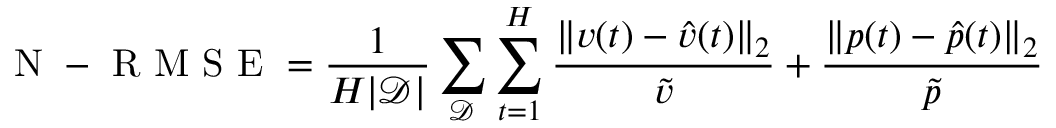
\mathrm { ~ N ~ - ~ R ~ M ~ S ~ E ~ } = \frac { 1 } { H | \mathcal { D } | } \sum _ { \mathcal { D } } \sum _ { t = 1 } ^ { H } \frac { \| v ( t ) - \hat { v } ( t ) \| _ { 2 } } { \tilde { v } } + \frac { \| p ( t ) - \hat { p } ( t ) \| _ { 2 } } { \tilde { p } }